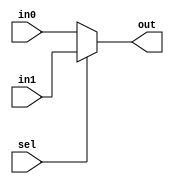
module mux2_to_1 (in0, in1, sel, out);

 input [3:0] in0, in1;
 input sel;	
 output [3:0] out;
 assign out = sel ? in1 : in0;

endmodule